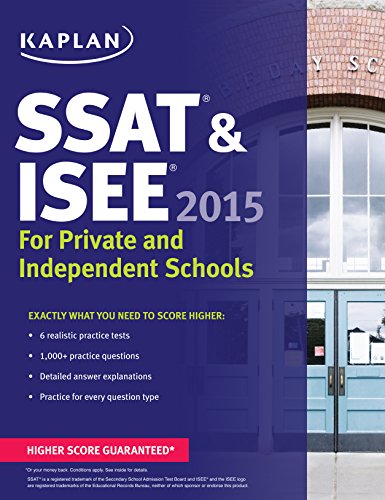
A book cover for Kaplan SSAT & ISEE 2015: For Private and Independent School Admissions (Kaplan Test Prep); Kaplan; Test Preparation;